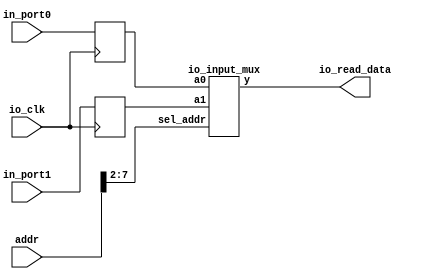
module io_input(
	addr,io_clk,io_read_data,in_port0,in_port1
);
	input 	[31:0] 	addr;
	input 			io_clk;
	input 	[31:0] 	in_port0,in_port1;
	output 	[31:0] 	io_read_data;
	
	reg 	[31:0] 	in_reg0;
	reg 	[31:0] 	in_reg1;
	
	io_input_mux io_imput_mux2x32(in_reg0,in_reg1,addr[7:2],io_read_data);
	
	always @(posedge io_clk)
	begin
		in_reg0 <= in_port0;
		in_reg1 <= in_port1;
	end
endmodule

module io_input_mux(a0,a1,sel_addr,y);
	input 	[31:0]	a0,a1;
	input 	[ 5:0]	sel_addr;
	output 	[31:0]	y;
	reg 	[31:0] 	y;
	always @ *
		case (sel_addr)
			6'b100000: y = a0;
			6'b100001: y = a1;
		endcase
endmodule